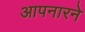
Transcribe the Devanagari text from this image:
आपनारने